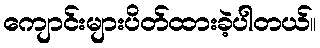
ကျောင်းများပိတ်ထားခဲ့ပါတယ်။